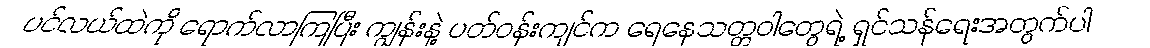
ပင်လယ်ထဲကို ရောက်လာကြပြီး ကျွန်းနဲ့ ပတ်ဝန်းကျင်က ရေနေသတ္တဝါတွေရဲ့ ရှင်သန်ရေးအတွက်ပါ